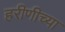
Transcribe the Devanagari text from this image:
हरीणीच्या